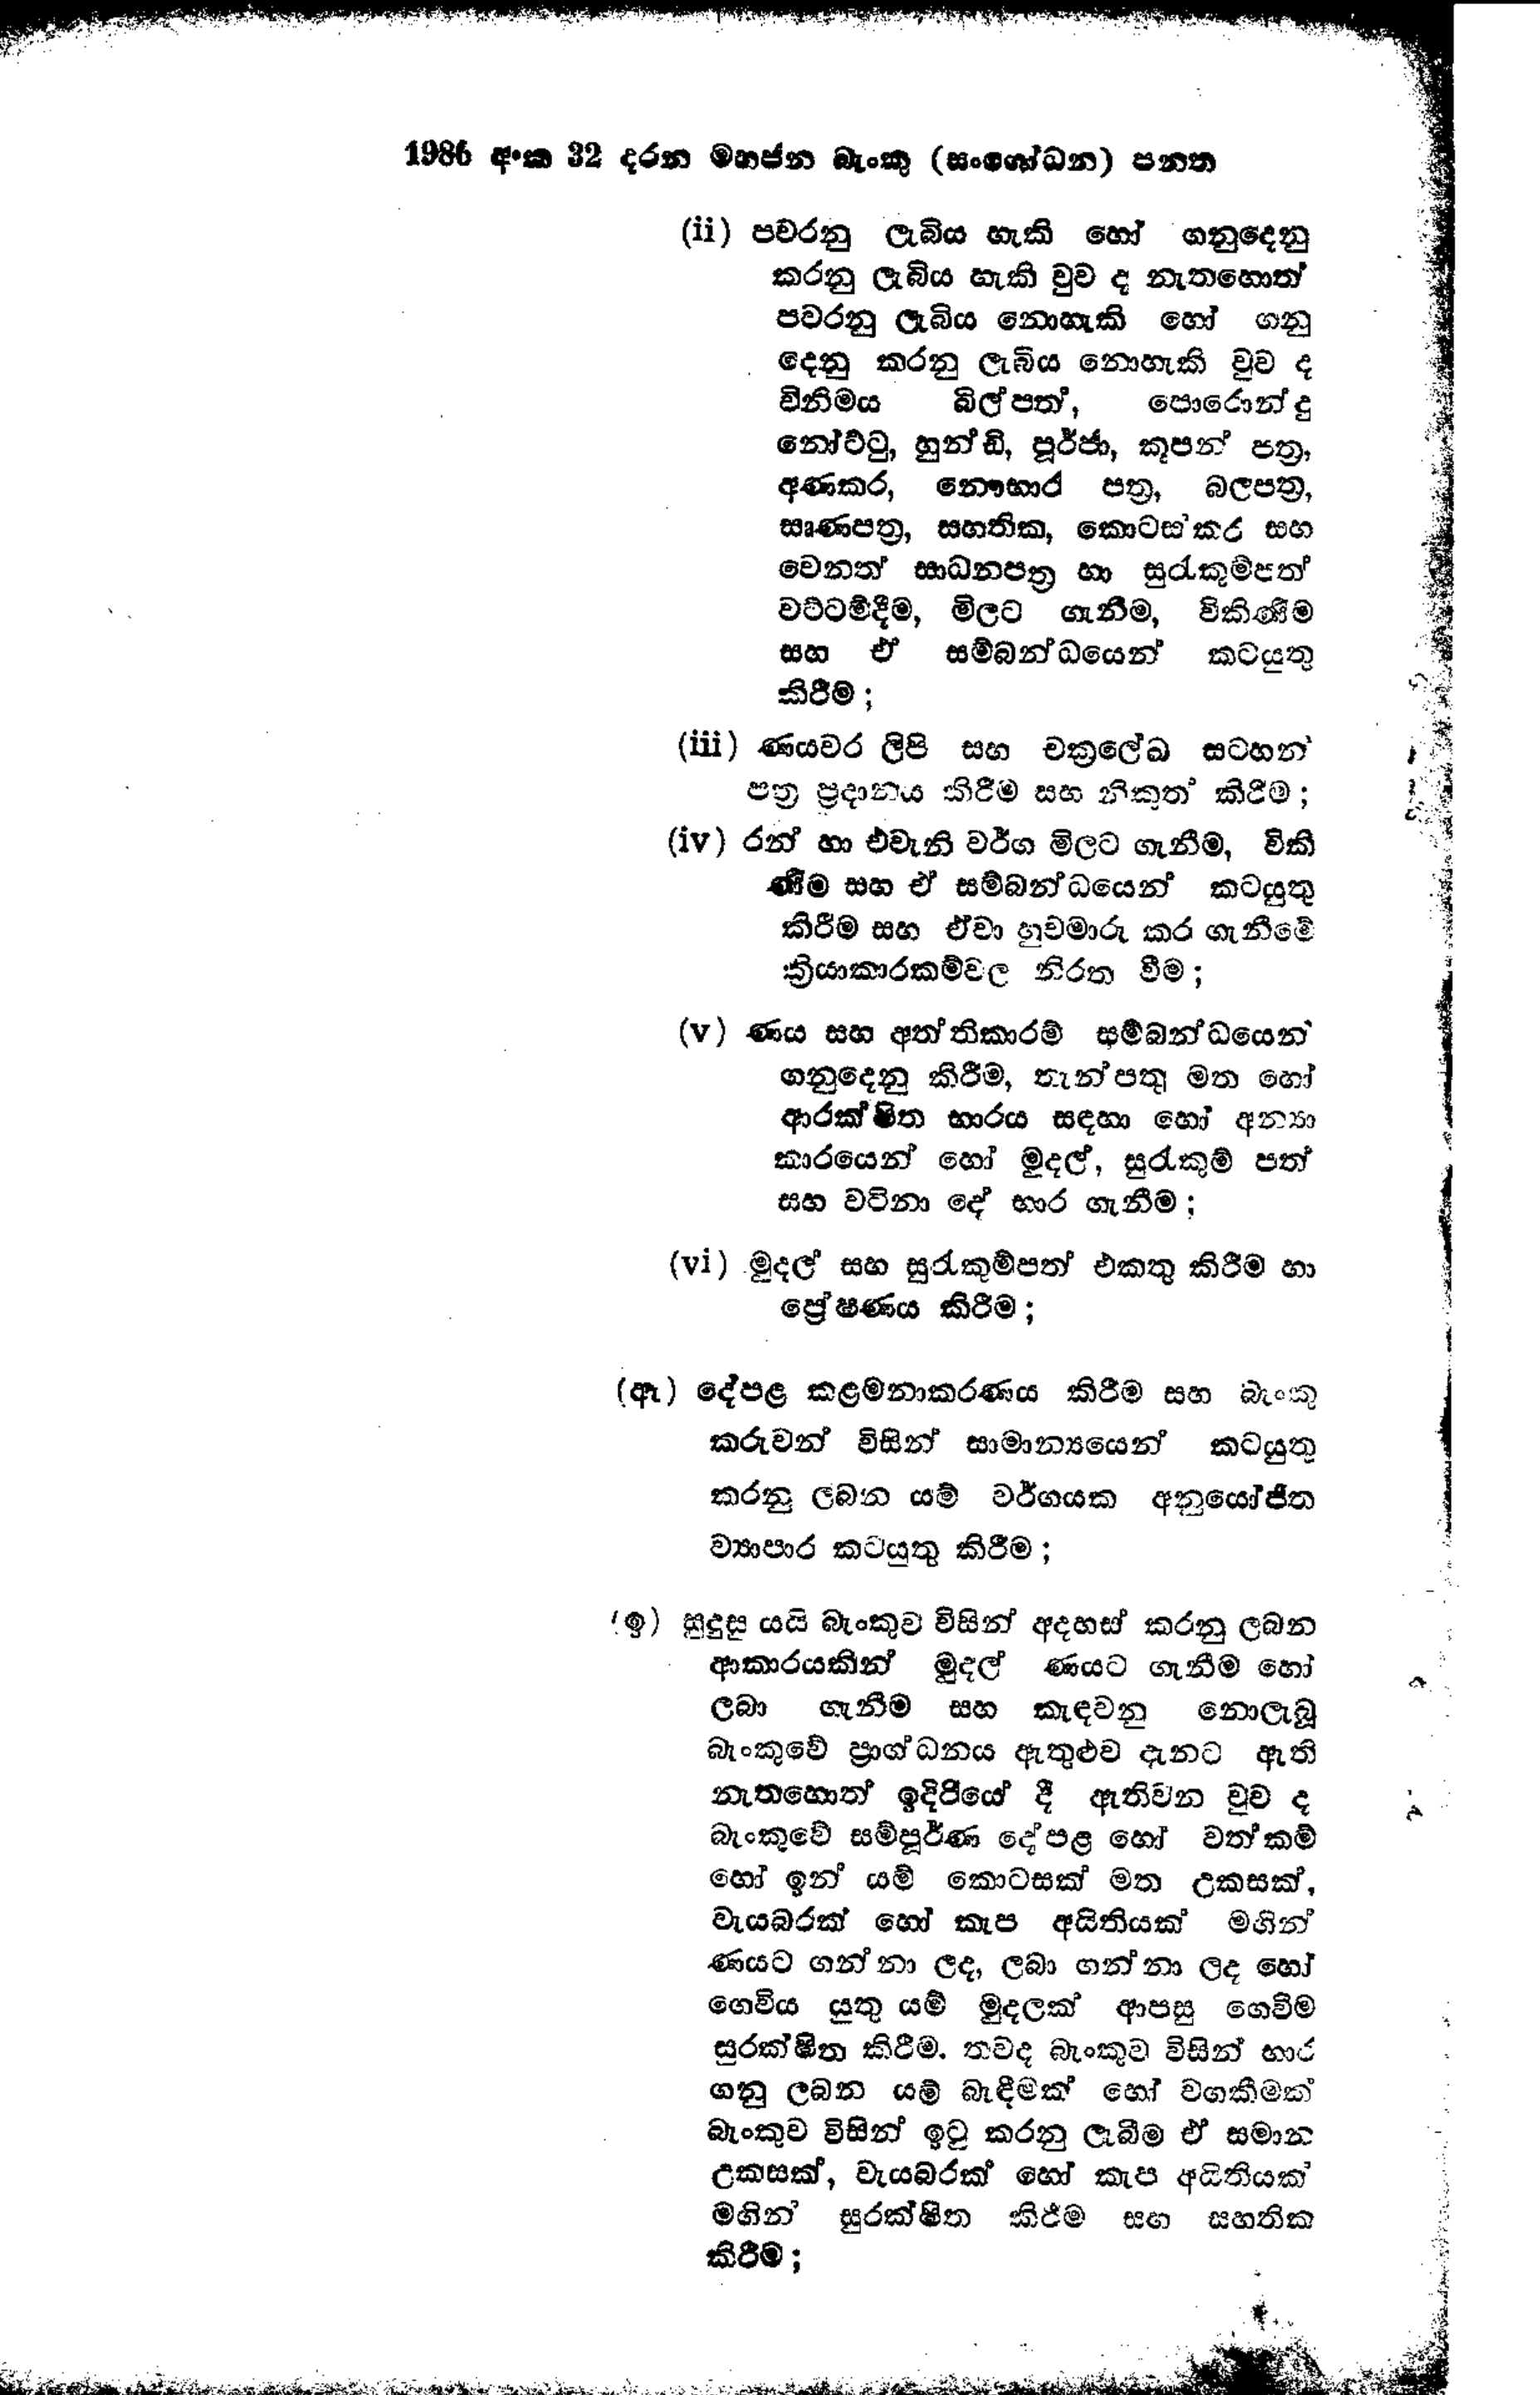
1986 අංක 32 දරන මහජන බැංකු (සංශෝධන) පනත

(ii) පවරනු ලැබිය හැකි හෝ ගනුදෙනු
කරනු ලැබිය හැකි වුව ද නැතහොත්
පවරනු ලැබිය නොහැකි හෝ ගනු
දෙනු කරනු ලැබිය නොහැකි වුව ද
විනිමය බිල්පත්, පොරොන්දු
නෝට්ටු, හුන්ඩි, පූර්ජා, කූපන් පත්‍ර,
අණකර, නෞභාර පත්‍ර, බලපත්‍ර,
සෘණපත්‍ර, සහතික, කොටස් කර සහ
වෙනත් සාධනපත්‍ර හා සුරැකුම්පත්
වට්ටම්දීම, මිලට ගැනීම, විකිණීම
සහ ඒ සම්බන්ධයෙන් කටයුතු
කිරීම;

(iii) ණයවර ලිපි සහ චක්‍රලේඛ සටහන්
පත්‍ර ප්‍රදානය කිරීම සහ නිකුත් කිරීම;

(iv) රන් හා එවැනි වර්ග මිලට ගැනීම, විකි
ණීම සහ ඒ සම්බන්ධයෙන් කටයුතු
කිරීම සහ ඒවා හුවමාරු කර ගැනීමේ
ක්‍රියාකාරකම්වල නිරත වීම;

(v) ණය සහ අත්තිකාරම් සම්බන්ධයෙන්
ගනුදෙනු කිරීම, තැන්පතු මත හෝ
ආරක්ෂිත භාරය සඳහා හෝ අන්‍යා
කාරයෙන් හෝ මුදල්, සුරැකුම් පත්
සහ වටිනා දේ භාර ගැනීම;

(vi) මුදල් සහ සුරැකුම්පත් එකතු කිරීම හා
ප්‍රේෂණය කිරීම;

(ඈ) දේපළ කළමනාකරණය කිරීම සහ බැංකු
කරුවන් විසින් සාමාන්‍යයෙන් කටයුතු
කරනු ලබන යම් වර්ගයක අනුයෝජිත
ව්‍යාපාර කටයුතු කිරීම;

(ඉ) සුදුසු යයි බැංකුව විසින් අදහස් කරනු ලබන
ආකාරයකින් මුදල් ණයට ගැනීම හෝ
ලබා ගැනීම සහ කැඳවනු නොලැබූ
බැංකුවේ ප්‍රාග්ධනය ඇතුළුව දැනට ඇති
නැතහොත් ඉදිරියේ දී ඇතිවන වුව ද
බැංකුවේ සම්පුර්ණ දේපළ හෝ වත්කම්
හෝ ඉන් යම් කොටසක් මත උකසක්,
වැයබරක් හෝ කැප අයිතියක් මගින්
ණයට ගන්නා ලද, ලබා ගන්නා ලද හෝ
ගෙවිය යුතු යම් මුදලක් ආපසු ගෙවීම
සුරක්ෂිත කිරීම. තවද බැංකුව විසින් භාර
ගනු ලබන යම් බැඳීමක් හෝ වගකීමක්
බැංකුව විසින් ඉටු කරනු ලැබීම ඒ සමාන
උකසක්, වැයබරක් හෝ කැප අයිතියක්
මගින් සුරක්ෂිත කිරීම සහ සහතික
කිරීම;